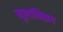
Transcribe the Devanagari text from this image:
मूलाभिप्राय